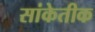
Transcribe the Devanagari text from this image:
सांकेतीक